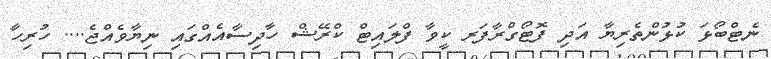
ނެޓްބޯޅަ ކުޅުންތެރިޔާ އަދި ފޮޓޯގްރާފަރ ކީވާ ފްލައިޓް ކްރޭޝް ހާދިސާއެއްގައި ނިޔާވެއްޖެ.... ހުރިހާ